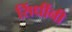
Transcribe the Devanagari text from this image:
सिंधींनी